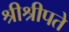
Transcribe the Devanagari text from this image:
श्रीश्रीपते